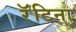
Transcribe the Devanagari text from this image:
रॅटिना